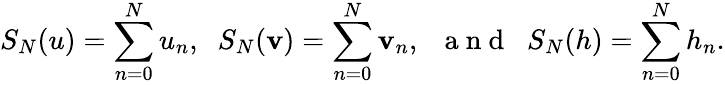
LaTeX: S_{N}(u)=\sum_{n=0}^{N}u_{n},\; \; S_{N}(\mathbf{v})=\sum_{n=0}^{N}\mathbf{v}_{n},\; \; \mathrm{{~a~n~d~}}\; \; S_{N}(h)=\sum_{n=0}^{N}h_{n}.